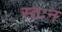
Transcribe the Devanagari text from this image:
स्तःन